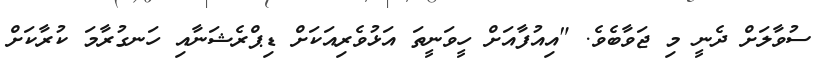
ސުވާލަށް ދެނީ މި ޖަވާބެވެ. "އިއުފާއަށް ހީވަނީތަ އަޅުވެރިއަކަށް ޑިޕްރެޝަނާއި ހަނގުރާމަ ކުރާކަށް